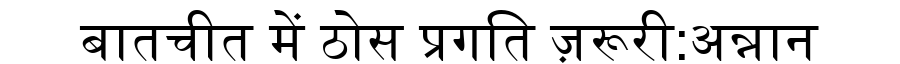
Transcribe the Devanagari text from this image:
बातचीत में ठोस प्रगति ज़रूरी:अन्नान